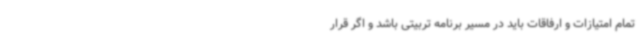
تمام امتیازات و ارفاقات باید در مسیر برنامه تربیتی باشد و اگر قرار